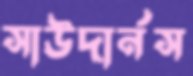
সাউদার্নস